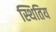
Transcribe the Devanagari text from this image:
स्थितिय